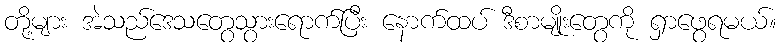
တို့များ အဲသည်ဒေသတွေသွားရောက်ပြီး နောက်ထပ် ဒီစာမျိုးတွေကို ရှာဖွေရမယ်။